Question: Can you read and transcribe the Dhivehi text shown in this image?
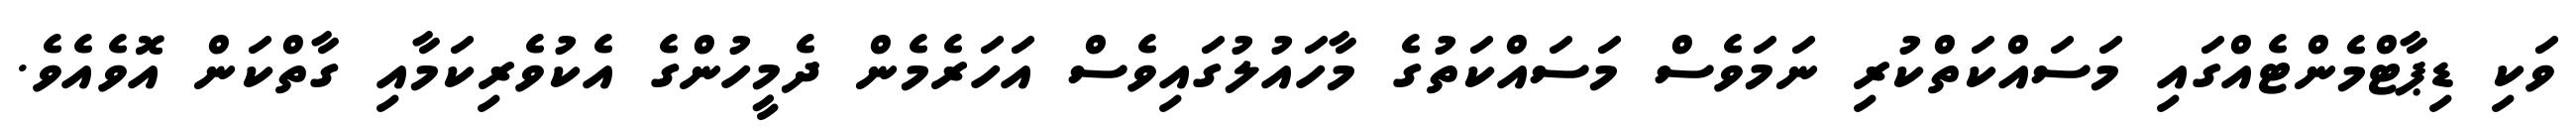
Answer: ވަކި ޑިޕާޓްމެންޓެއްގައި މަސައްކަތްކުރި ނަމަވެސް މަސައްކަތުގެ މާހައުލުގައިވެސް އަހަރެމެން ދެމީހުންގެ އެކުވެރިކަމާއި ގާތްކަން އޮވެއެވެ.